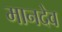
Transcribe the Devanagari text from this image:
मानदेव